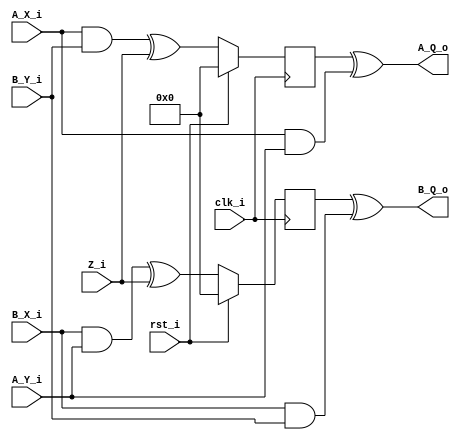
module DOM_and (clk_i, rst_i, A_X_i, B_X_i, A_Y_i, B_Y_i, Z_i, A_Q_o, B_Q_o);
    input clk_i; 
    input rst_i;
    input [31:0] A_X_i;
    input [31:0] B_X_i;
    input [31:0] A_Y_i; 
    input [31:0] B_Y_i; 
    input [31:0] Z_i;
    output [31:0] A_Q_o; 
    output [31:0] B_Q_o; 

    //Same domain
    wire [31:0] AX_AY;
    wire [31:0] BX_BY;

    assign AX_AY = A_X_i & A_Y_i;
    assign BX_BY = B_X_i & B_Y_i;

    //Cross domain + resharing
    wire [31:0] AX_BY;
    wire [31:0] BX_AY;

    assign AX_BY = A_X_i & B_Y_i;
    assign BX_AY = B_X_i & A_Y_i;

    reg [31:0] AX_BY_Z0;
    reg [31:0] BX_AY_Z0;    

    always @(posedge clk_i) begin
        if(rst_i) begin
            AX_BY_Z0 <= 32'b0;
            BX_AY_Z0 <= 32'b0;
        end else begin
            AX_BY_Z0 <= AX_BY ^ Z_i;
            BX_AY_Z0 <= BX_AY ^ Z_i;
        end
    end

    assign A_Q_o = AX_BY_Z0 ^ AX_AY;
    assign B_Q_o = BX_AY_Z0 ^ BX_BY;

endmodule


module sbox (clk_i, rst_i, 
    lane0_A_i, lane0_B_i, 
    lane1_A_i, lane1_B_i, 
    lane2_A_i, lane2_B_i, 
    lane3_A_i, lane3_B_i, 
    lane4_A_i, lane4_B_i, 
    rand_i,
    lane0_A_o, lane0_B_o, 
    lane1_A_o, lane1_B_o, 
    lane2_A_o, lane2_B_o, 
    lane3_A_o, lane3_B_o, 
    lane4_A_o, lane4_B_o);

    input clk_i;
    input rst_i;

    input [159:0] rand_i;

    input [31:0] lane0_A_i, lane0_B_i;
    input [31:0] lane1_A_i, lane1_B_i;
    input [31:0] lane2_A_i, lane2_B_i;
    input [31:0] lane3_A_i, lane3_B_i;
    input [31:0] lane4_A_i, lane4_B_i;
    
    output [31:0] lane0_A_o, lane0_B_o;
    output [31:0] lane1_A_o, lane1_B_o;
    output [31:0] lane2_A_o, lane2_B_o;
    output [31:0] lane3_A_o, lane3_B_o;
    output [31:0] lane4_A_o, lane4_B_o;


    //Affine layer
    wire [31:0] lane0_A_d, lane0_B_d;
    wire [31:0] lane1_A_d, lane1_B_d;
    wire [31:0] lane2_A_d, lane2_B_d;
    wire [31:0] lane3_A_d, lane3_B_d;
    wire [31:0] lane4_A_d, lane4_B_d;

    assign lane0_A_d = lane0_A_i ^ lane4_A_i;
    assign lane0_B_d = lane0_B_i ^ lane4_B_i;

    assign lane1_A_d = lane1_A_i;
    assign lane1_B_d = lane1_B_i;

    assign lane4_A_d = lane4_A_i ^ lane3_A_i;
    assign lane4_B_d = lane4_B_i ^ lane3_B_i;

    assign lane3_A_d = lane3_A_i;
    assign lane3_B_d = lane3_B_i;

    assign lane2_A_d = lane2_A_i ^ lane1_A_i;
    assign lane2_B_d = lane2_B_i ^ lane1_B_i;

    reg [31:0] lane0_A_q, lane0_B_q;
    reg [31:0] lane1_A_q, lane1_B_q;
    reg [31:0] lane2_A_q, lane2_B_q;
    reg [31:0] lane3_A_q, lane3_B_q;
    reg [31:0] lane4_A_q, lane4_B_q;
    reg [159:0] rand_q;

    always @(posedge clk_i) begin
        if(rst_i) begin
            lane0_A_q <= 0;
            lane0_B_q <= 0;
            lane1_A_q <= 0;
            lane1_B_q <= 0;
            lane2_A_q <= 0;
            lane2_B_q <= 0;
            lane3_A_q <= 0;
            lane3_B_q <= 0;
            lane4_A_q <= 0;
            lane4_B_q <= 0;
            rand_q <= 0;
        end else begin
            lane0_A_q <= lane0_A_d;
            lane0_B_q <= lane0_B_d;
            lane1_A_q <= lane1_A_d;
            lane1_B_q <= lane1_B_d;
            lane2_A_q <= lane2_A_d;
            lane2_B_q <= lane2_B_d;
            lane3_A_q <= lane3_A_d;
            lane3_B_q <= lane3_B_d;
            lane4_A_q <= lane4_A_d;
            lane4_B_q <= lane4_B_d;
            rand_q <= rand_i;
        end
    end

    //----


    wire [31:0] n_lane0_A, n_lane0_B;
    wire [31:0] n_lane1_A, n_lane1_B;
    wire [31:0] n_lane2_A, n_lane2_B;
    wire [31:0] n_lane3_A, n_lane3_B;
    wire [31:0] n_lane4_A, n_lane4_B;

    assign n_lane0_A = ~lane0_A_q;
    assign n_lane1_A = ~lane1_A_q;
    assign n_lane2_A = ~lane2_A_q;
    assign n_lane3_A = ~lane3_A_q;
    assign n_lane4_A = ~lane4_A_q;

    assign n_lane0_B = lane0_B_q;
    assign n_lane1_B = lane1_B_q;
    assign n_lane2_B = lane2_B_q;
    assign n_lane3_B = lane3_B_q;
    assign n_lane4_B = lane4_B_q;
     
    wire [31:0] lanes_0_1_A, lanes_0_1_B;
    wire [31:0] lanes_1_2_A, lanes_1_2_B;
    wire [31:0] lanes_2_3_A, lanes_2_3_B;
    wire [31:0] lanes_3_4_A, lanes_3_4_B;
    wire [31:0] lanes_4_0_A, lanes_4_0_B;

    DOM_and dom_and0 (clk_i, rst_i, 
      n_lane0_A, n_lane0_B,
      lane1_A_q, lane1_B_q,
      rand_q[31:0], 
      lanes_0_1_A, lanes_0_1_B);

    DOM_and dom_and1 (clk_i, rst_i, 
      n_lane1_A, n_lane1_B,
      lane2_A_q, lane2_B_q,
      rand_q[63:32],
      lanes_1_2_A, lanes_1_2_B);

    DOM_and dom_and2 (clk_i, rst_i, 
      n_lane2_A, n_lane2_B,
      lane3_A_q, lane3_B_q,
      rand_q[95:64],
      lanes_2_3_A, lanes_2_3_B);

    DOM_and dom_and3 (clk_i, rst_i, 
      n_lane3_A, n_lane3_B,
      lane4_A_q, lane4_B_q,
      rand_q[127:96],
      lanes_3_4_A, lanes_3_4_B);

    DOM_and dom_and4 (clk_i, rst_i, 
      n_lane4_A, n_lane4_B,
      lane0_A_q, lane0_B_q,
      rand_q[159:128], 
      lanes_4_0_A, lanes_4_0_B);


    wire [31:0] lane0_A_tmp, lane0_B_tmp;
    wire [31:0] lane1_A_tmp, lane1_B_tmp;
    wire [31:0] lane2_A_tmp, lane2_B_tmp;
    wire [31:0] lane3_A_tmp, lane3_B_tmp;
    wire [31:0] lane4_A_tmp, lane4_B_tmp;

    assign lane0_A_tmp = lanes_1_2_A ^ lane0_A_q;
    assign lane0_B_tmp = lanes_1_2_B ^ lane0_B_q;

    assign lane1_A_tmp = lanes_2_3_A ^ lane1_A_q;
    assign lane1_B_tmp = lanes_2_3_B ^ lane1_B_q;

    assign lane2_A_tmp = lanes_3_4_A ^ lane2_A_q;
    assign lane2_B_tmp = lanes_3_4_B ^ lane2_B_q;

    assign lane3_A_tmp = lanes_4_0_A ^ lane3_A_q;
    assign lane3_B_tmp = lanes_4_0_B ^ lane3_B_q;

    assign lane4_A_tmp = lanes_0_1_A ^ lane4_A_q;
    assign lane4_B_tmp = lanes_0_1_B ^ lane4_B_q;  


    //Affine layer + output
    assign lane1_A_o = lane1_A_tmp ^ lane0_A_tmp;
    assign lane1_B_o = lane1_B_tmp ^ lane0_B_tmp;

    assign lane0_A_o = lane0_A_tmp ^ lane4_A_tmp;
    assign lane0_B_o = lane0_B_tmp ^ lane4_B_tmp;

    assign lane3_A_o = lane3_A_tmp ^ lane2_A_tmp;
    assign lane3_B_o = lane3_B_tmp ^ lane2_B_tmp;

    assign lane2_A_o = ~lane2_A_tmp;
    assign lane2_B_o = lane2_B_tmp;
    
    assign lane4_A_o = lane4_A_tmp;
    assign lane4_B_o = lane4_B_tmp;

endmodule

module lindiff(S0_A_i, S0_B_i, 
    S1_A_i, S1_B_i, 
    S2_A_i, S2_B_i, 
    S3_A_i, S3_B_i, 
    S4_A_i, S4_B_i, 
    S0_A_o, S0_B_o, 
    S1_A_o, S1_B_o, 
    S2_A_o, S2_B_o, 
    S3_A_o, S3_B_o, 
    S4_A_o, S4_B_o);
  
  input [63:0] S0_A_i, S0_B_i;
  input [63:0] S1_A_i, S1_B_i;
  input [63:0] S2_A_i, S2_B_i;
  input [63:0] S3_A_i, S3_B_i;
  input [63:0] S4_A_i, S4_B_i;
  output [63:0] S0_A_o, S0_B_o;
  output [63:0] S1_A_o, S1_B_o;
  output [63:0] S2_A_o, S2_B_o;
  output [63:0] S3_A_o, S3_B_o;
  output [63:0] S4_A_o, S4_B_o;
  wire [63:0] U0_A, U0_B;
  wire [63:0] U1_A, U1_B;
  wire [63:0] U2_A, U2_B;
  wire [63:0] U3_A, U3_B;
  wire [63:0] U4_A, U4_B;
  wire [63:0] U5_A, U5_B;

  wire [63:0] V0_A, V0_B;
  wire [63:0] V1_A, V1_B;
  wire [63:0] V2_A, V2_B;
  wire [63:0] V3_A, V3_B;
  wire [63:0] V4_A, V4_B;
  wire [63:0] V5_A, V5_B;


  //S[0] = S[0] ^ rotr(S[0], 19) ^ rotr(S[0], 28)
  assign U0_A = {S0_A_i[18:0], S0_A_i[63:19]};
  assign V0_A = {S0_A_i[27:0], S0_A_i[63:28]};
  assign S0_A_o = S0_A_i ^ U0_A ^ V0_A;

  assign U0_B = {S0_B_i[18:0], S0_B_i[63:19]};
  assign V0_B = {S0_B_i[27:0], S0_B_i[63:28]};
  assign S0_B_o = S0_B_i ^ U0_B ^ V0_B;


  //S[1] = S[1] ^ rotr(S[1], 61) ^ rotr(S[1], 39)
  assign U1_A = {S1_A_i[60:0], S1_A_i[63:61]};
  assign V1_A = {S1_A_i[38:0], S1_A_i[63:39]};
  assign S1_A_o = S1_A_i ^ U1_A ^ V1_A;

  assign U1_B = {S1_B_i[60:0], S1_B_i[63:61]};
  assign V1_B = {S1_B_i[38:0], S1_B_i[63:39]};
  assign S1_B_o = S1_B_i ^ U1_B ^ V1_B;


  //S[2] = S[2] ^ rotr(S[2],  1) ^ rotr(S[2],  6)
  assign U2_A = {S2_A_i[0], S2_A_i[63:1]};
  assign V2_A = {S2_A_i[5:0], S2_A_i[63:6]};
  assign S2_A_o = S2_A_i ^ U2_A ^ V2_A;

  assign U2_B = {S2_B_i[0], S2_B_i[63:1]};
  assign V2_B = {S2_B_i[5:0], S2_B_i[63:6]};
  assign S2_B_o = S2_B_i ^ U2_B ^ V2_B;

  //S[3] = S[3] ^ rotr(S[3], 10) ^ rotr(S[3], 17)
  assign U3_A = {S3_A_i[9:0], S3_A_i[63:10]};
  assign V3_A = {S3_A_i[16:0], S3_A_i[63:17]};
  assign S3_A_o = S3_A_i ^ U3_A ^ V3_A;

  assign U3_B = {S3_B_i[9:0], S3_B_i[63:10]};
  assign V3_B = {S3_B_i[16:0], S3_B_i[63:17]};
  assign S3_B_o = S3_B_i ^ U3_B ^ V3_B;

  //S[4] = S[4] ^ rotr(S[4],  7) ^ rotr(S[4], 41)
  assign U4_A = {S4_A_i[6:0], S4_A_i[63:7]};
  assign V4_A = {S4_A_i[40:0], S4_A_i[63:41]};
  assign S4_A_o = S4_A_i ^ U4_A ^ V4_A;

  assign U4_B = {S4_B_i[6:0], S4_B_i[63:7]};
  assign V4_B = {S4_B_i[40:0], S4_B_i[63:41]};
  assign S4_B_o = S4_B_i ^ U4_B ^ V4_B;

endmodule

module ascon_round (clk_i, rst_i, 
    S0_A_i, S0_B_i, 
    S1_A_i, S1_B_i, 
    S2_A_i, S2_B_i, 
    S3_A_i, S3_B_i, 
    S4_A_i, S4_B_i, 
    rand_i,
    S0_A_o, S0_B_o, 
    S1_A_o, S1_B_o, 
    S2_A_o, S2_B_o, 
    S3_A_o, S3_B_o, 
    S4_A_o, S4_B_o);
input [63:0] S0_A_i, S0_B_i;
input [63:0] S1_A_i, S1_B_i;
input [63:0] S2_A_i, S2_B_i;
input [63:0] S3_A_i, S3_B_i;
input [63:0] S4_A_i, S4_B_i;

input [320:0] rand_i;
input clk_i;
input rst_i;

output [63:0] S0_A_o, S0_B_o;
output [63:0] S1_A_o, S1_B_o;
output [63:0] S2_A_o, S2_B_o;
output [63:0] S3_A_o, S3_B_o;
output [63:0] S4_A_o, S4_B_o;

wire [63:0] T0_A, T0_B;
wire [63:0] T1_A, T1_B ;
wire [63:0] T2_A, T2_B ;
wire [63:0] T3_A, T3_B ;
wire [63:0] T4_A, T4_B;


sbox sbox_LSB (clk_i, rst_i, 
    S0_A_i[31:0], S0_B_i[31:0], 
    S1_A_i[31:0], S1_B_i[31:0],
    S2_A_i[31:0]^32'h4b, S2_B_i[31:0],
    S3_A_i[31:0], S3_B_i[31:0], 
    S4_A_i[31:0], S4_B_i[31:0], 
    rand_i[159:0],
    T0_A[31:0], T0_B[31:0], 
    T1_A[31:0], T1_B[31:0], 
    T2_A[31:0], T2_B[31:0], 
    T3_A[31:0], T3_B[31:0], 
    T4_A[31:0], T4_B[31:0]);

sbox sbox_MSB (clk_i, rst_i, 
    S0_A_i[63:32], S0_B_i[63:32], 
    S1_A_i[63:32], S1_B_i[63:32],
    S2_A_i[63:32],      
    S2_B_i[63:32],    
    S3_A_i[63:32], S3_B_i[63:32], 
    S4_A_i[63:32], S4_B_i[63:32], 
    rand_i[319:160],
    T0_A[63:32], T0_B[63:32], 
    T1_A[63:32], T1_B[63:32], 
    T2_A[63:32], T2_B[63:32], 
    T3_A[63:32], T3_B[63:32], 
    T4_A[63:32], T4_B[63:32]);


lindiff lin_LSB_MSB(
  T0_A, T0_B,
  T1_A, T1_B,
  T2_A, T2_B,
  T3_A, T3_B,
  T4_A, T4_B,
  S0_A_o, S0_B_o, 
  S1_A_o, S1_B_o, 
  S2_A_o, S2_B_o, 
  S3_A_o, S3_B_o, 
  S4_A_o, S4_B_o
  );

endmodule